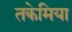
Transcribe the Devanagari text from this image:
तकेमिया